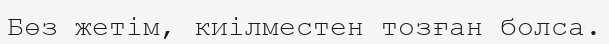
Бөз жетім, киілместен тозған болса.